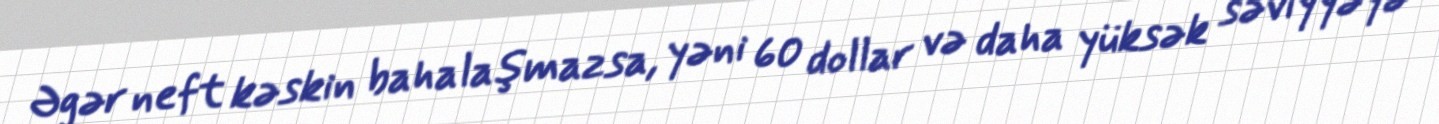
Əgər neft kəskin bahalaşmazsa, yəni 60 dollar və daha yüksək səviyyəyə